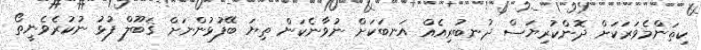
ކިތަންމެވަރަކަށް ދޮންކުރިޔަސް ދުނބުރިއެއް އަނބަކަށް ނުވާނެކަން ތިޔަ ބޭފުޅުންނަށް ޤަބޫލް ފުޅު ނުކުރެވެނީތޯ